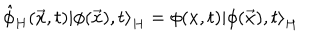
LaTeX: \hat { \phi } _ { H } ( \vec { x } , t ) \left| \phi ( \vec { x } ) , t \right> _ { H } = \phi ( x , t ) \left| \phi ( \vec { x } ) , t \right> _ { H }